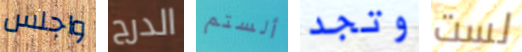
واجلس الدرج ألستم وتجد لست